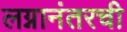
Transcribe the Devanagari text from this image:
लग्नानंतरची